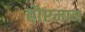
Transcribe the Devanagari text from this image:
हौप्टमान